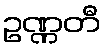
ဥဏ္ဏတီ